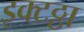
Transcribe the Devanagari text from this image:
इक्टठ्ठा